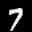
Label: 7